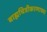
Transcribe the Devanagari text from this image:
बाह्यचित्रीकरणाच्या